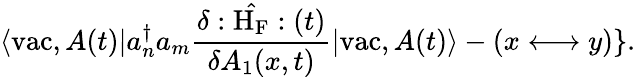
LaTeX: \langle\mathrm{vac},A(t)|a_{n}^{\dagger}a_{m}\frac{\delta:\hat{\mathrm{H}_{\mathrm{F}}}:(t)}{\delta A_{1}(x,t)}|\mathrm{vac},A(t)\rangle-(x\longleftrightarrow y)\} .